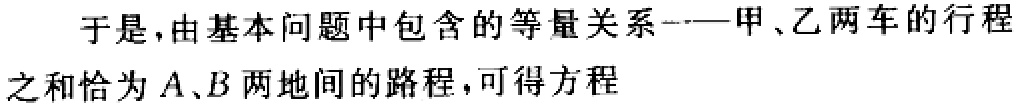
于是,由基本问题中包含的等量关系——甲、乙两车的行程之和恰为 \(A、B\) 两地间的路程,可得方程